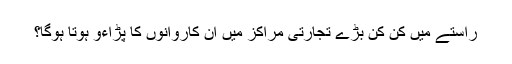
راستے میں کن کن بڑے تجارتی مراکز میں ان کاروانوں کا پڑاءو ہوتا ہوگا؟